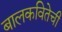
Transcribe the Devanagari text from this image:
बालकवितेची